Indian journal of veterinary science and animal husbandry - Volume 13,
Year: 1943
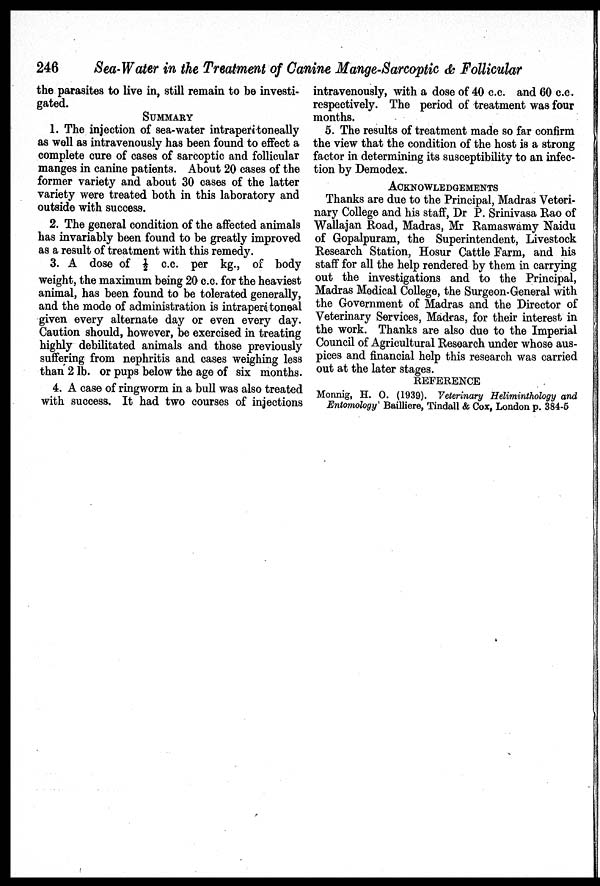
246
Sea-Water in the Treatment of Canine Mange-Sarcoptic & Follicular
the parasites to live in, still remain to be investi-
gated.
SUMMARY
1. The injection of sea-water intraperitoneally
as well as intravenously has been found to effect a
complete cure of cases of sarcoptic and follicular
manges in canine patients. About 20 cases of the
former variety and about 30 cases of the latter
variety were treated both in this laboratory and
outside with success.
2. The general condition of the affected animals
has invariably been found to be greatly improved
as a result of treatment with this remedy.
3. A dose of ½ c.c. per kg., of body
weight, the maximum being 20 c.c. for the heaviest
animal, has been found to be tolerated generally,
and the mode of administration is intraperitoneal
given every alternate day or even every day.
Caution should, however, be exercised in treating
highly debilitated animals and those previously
suffering from nephritis and cases weighing less
than 2 lb. or pups below the age of six months.
4. A case of ringworm in a bull was also treated
with success. It had two courses of injections
intravenously, with a dose of 40 c.c. and 60 c.c.
respectively. The period of treatment was four
months.
5. The results of treatment made so far confirm
the view that the condition of the host is a strong
factor in determining its susceptibility to an infec-
tion by Demodex.
ACKNOWLEDGEMENTS
Thanks are due to the Principal, Madras Veteri-
nary College and his staff, Dr P. Srinivasa Rao of
Wallajan Road, Madras, Mr Ramaswamy Naidu
of Gopalpuram, the Superintendent, Livestock
Research Station, Hosur Cattle Farm, and his
staff for all the help rendered by them in carrying
out the investigations and to the Principal,
Madras Medical College, the Surgeon-General with
the Government of Madras and the Director of
Veterinary Services, Madras, for their interest in
the work. Thanks are also due to the Imperial
Council of Agricultural Research under whose aus-
pices and financial help this research was carried
out at the later stages.
REFERENCE
Monnig, H. O. (1939). Veterinary Heliminthology and
Entomology' Bailliere, Tindall & Cox, London p. 384-5